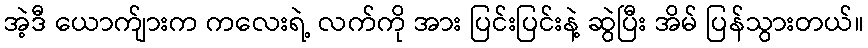
အဲ့ဒီ ယောက်ျားက ကလေးရဲ့ လက်ကို အား ပြင်းပြင်းနဲ့ ဆွဲပြီး အိမ် ပြန်သွားတယ်။